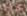
جيد